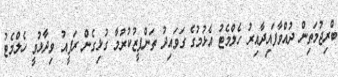
ބްރިޖުމަތިން ދުއްވާފައިދާއިރު ހެލްމެޓު އެޅުމުގެ ގަވައިދު ތަންފީޒުކުރުމާ ގުޅިގެން ރަފީއު ވިދާޅުވީ ހެލްމެޓު